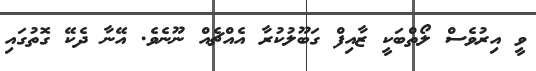
ވީ އިރުވެސް ލޯތްބަކީ ޒާއިފް ގަބޫލުކުރާ އެއްޗެއް ނޫނެވެ. އޭނާ ދެކޭ ގޮތުގައި